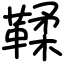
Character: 鞣